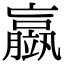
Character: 䇔